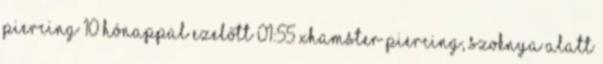
piercing 10 hónappal ezelőtt 01:55 xHamster piercing, szoknya alatt